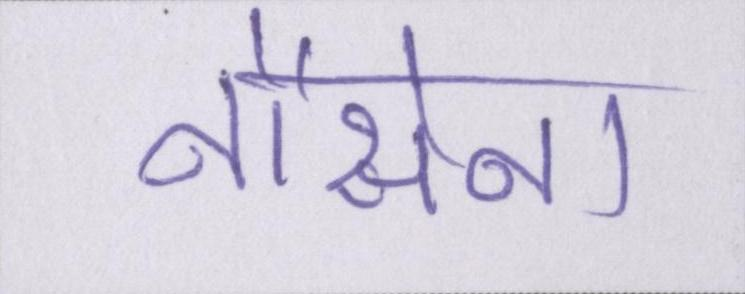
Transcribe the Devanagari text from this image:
नौसेना